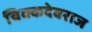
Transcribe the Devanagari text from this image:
चिक्कदेवराज